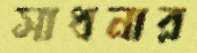
সাধনার